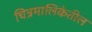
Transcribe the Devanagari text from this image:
चित्रमालिकेतील